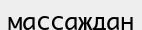
массаждан